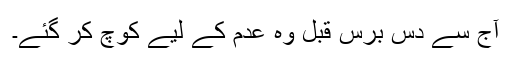
آج سے دس برس قبل وہ عدم کے لیے کوچ کر گئے۔